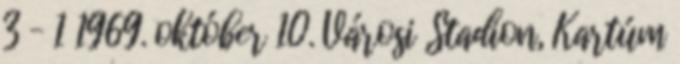
3 – 1 1969. október 10. Városi Stadion, Kartúm